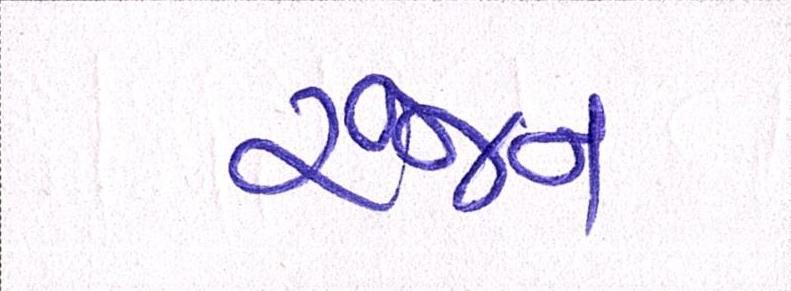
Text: રંજન